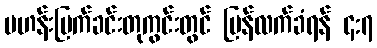
ဗဟန်းမြက်ခင်းတုကွင်းတွင် ပြန်လက်ခံရန် ၄:၇